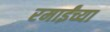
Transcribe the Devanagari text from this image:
रमाईंच्या